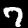
Label: 7